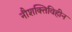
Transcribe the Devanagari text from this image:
नौशक्तिविहीन